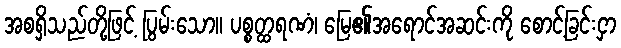
အစရှိသည်တို့ဖြင့် ပြွမ်းသော။ ပစ္စတ္ထရဏံ၊ မြေ၏အရောင်အဆင်းကို စောင့်ခြင်းငှာ